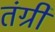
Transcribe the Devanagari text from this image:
तंग्री